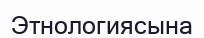
Этнологиясына